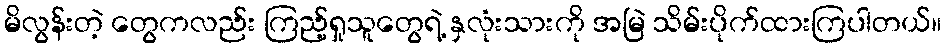
မိလွန်းတဲ့ တွေကလည်း ကြည့်ရှုသူတွေရဲ့ နှလုံးသားကို အမြဲ သိမ်းပိုက်ထားကြပါတယ်။